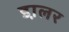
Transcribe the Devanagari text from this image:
डा़लर